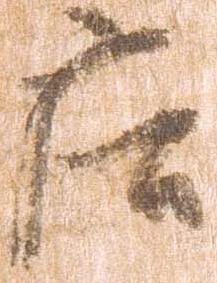
庄